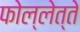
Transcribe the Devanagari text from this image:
फोल्लेत्ते